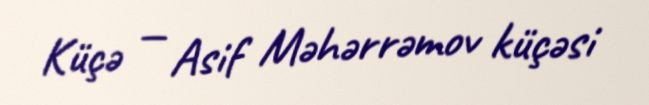
Küçə — Asif Məhərrəmov küçəsi